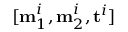
[ \mathbf m _ { 1 } ^ { i } , \mathbf m _ { 2 } ^ { i } , \mathbf t ^ { i } ]